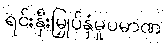
ရင်းနှီးမြှုပ်နှံမှုပမာဏ